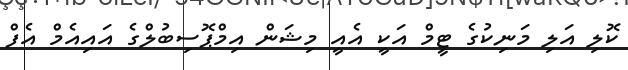
ކޮލި އަލި މަނިކުގެ ޓީމް އަކީ އެއީ މިޝަން އިމްޕޮސިބުލްގެ އައިއެމް އެފް